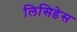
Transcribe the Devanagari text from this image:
लिसिडेस